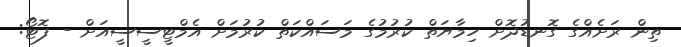
ތިން ރަށެއްގެ ގޮނޑުދޮށް ހިމާޔަތް ކުރުމުގެ މަސައްކަތް ކުރުމަށް އެމްޓީސީސީއަށް - ފޮޓޯ: